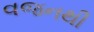
વજનથી